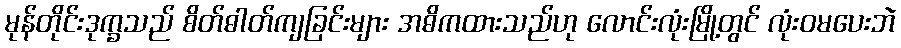
မုန်တိုင်းဒုက္ခသည် စိတ်ဓါတ်ကျခြင်းများ အဓိကထားသည်ဟု လောင်းလုံးမြို့တွင် လုံးဝမပေးဘဲ